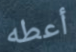
أعطه